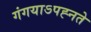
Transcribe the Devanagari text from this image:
गंगयाऽपह्नते